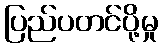
ပြည်ပတင်ပို့မှု